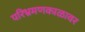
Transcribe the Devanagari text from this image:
परिभ्रमणकाळावर